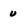
Character: u